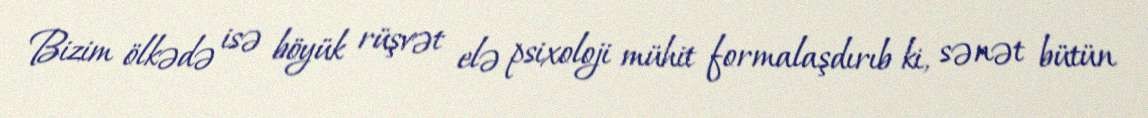
Bizim ölkədə isə böyük rüşvət elə psixoloji mühit formalaşdırıb ki, sənət bütün